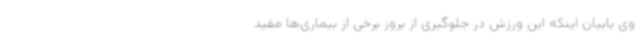
وی بابیان اینکه این ورزش در جلوگیری از بروز برخی از بیماری‌ها مفید